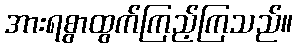
အားရစွာထွက်ကြည့်ကြသည်။